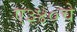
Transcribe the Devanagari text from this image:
ए३४०चे